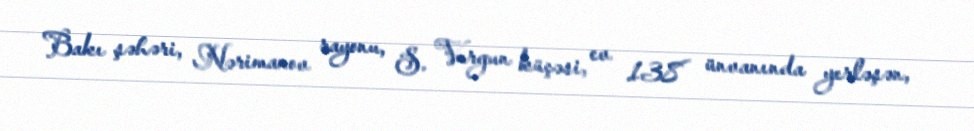
Bakı şəhəri, Nərimanov rayonu, S. Vurgun küçəsi, ev 138 ünvanında yerləşən,